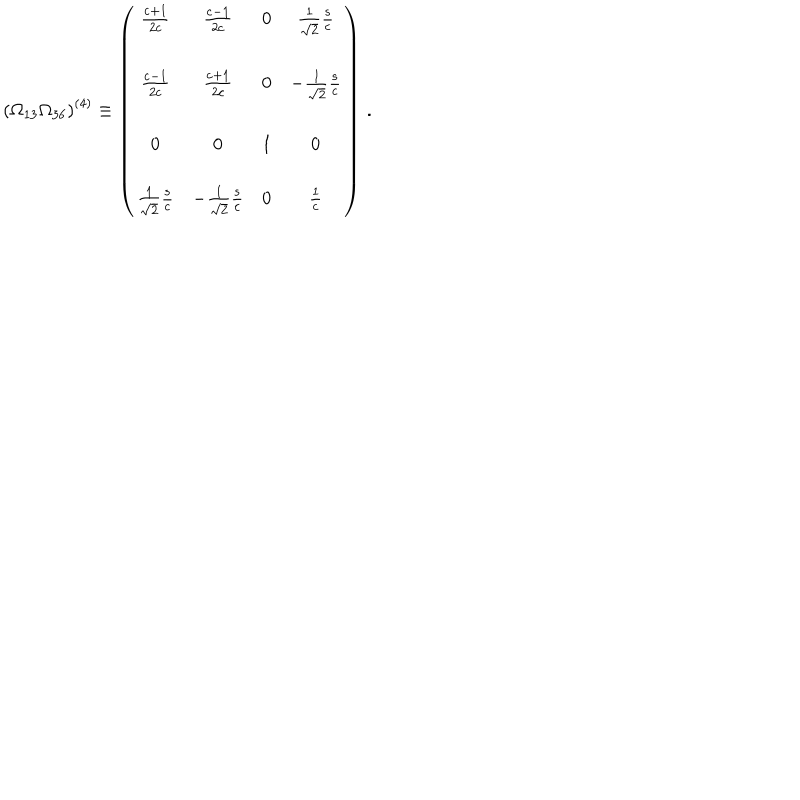
\left( \Omega _ { 1 3 } \Omega _ { 3 6 } \right) ^ { ( 4 ) } \equiv \left( \begin{array} { c c c c } { { \frac { \mathrm { c } + 1 } { 2 \mathrm { c } } } } & { { \frac { \mathrm { c } - 1 } { 2 \mathrm { c } } } } & { { 0 } } & { { \frac { 1 } { \sqrt { 2 } } \frac { \mathrm { s } } { \mathrm { c } } } } \\ { { } } & { { } } & { { } } & { { } } \\ { { \frac { \mathrm { c } - 1 } { 2 \mathrm { c } } } } & { { \frac { \mathrm { c } + 1 } { 2 \mathrm { c } } } } & { { 0 } } & { { - \frac { 1 } { \sqrt { 2 } } \frac { \mathrm { s } } { \mathrm { c } } } } \\ { { } } & { { } } & { { } } & { { } } \\ { { 0 } } & { { 0 } } & { { 1 } } & { { 0 } } \\ { { } } & { { } } & { { } } & { { } } \\ { { \frac { 1 } { \sqrt { 2 } } \frac { \mathrm { s } } { \mathrm { c } } } } & { { - \frac { 1 } { \sqrt { 2 } } \frac { \mathrm { s } } { \mathrm { c } } } } & { { 0 } } & { { \frac { 1 } { \mathrm { c } } } } \\ \end{array} \right) \, .